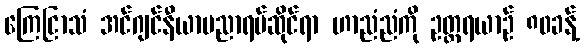
ကြေငြာသံ အင်ဂျင်နီယာပညာရပ်ဆိုင်ရာ ဟာညံညံကို ဥတ္တရယာဉ် ၈၀ခန့်